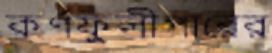
কর্ণফুলীপারের